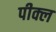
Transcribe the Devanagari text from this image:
पीक्ल